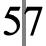
57